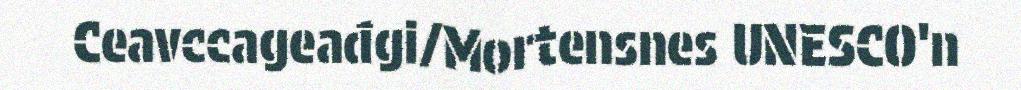
Ceavccageađgi/Mortensnes UNESCO'n